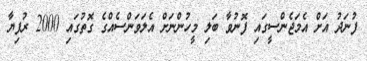
ފުނަދު އަށް އެމަޖެންސީގައި ފޮނުވާ ބަލި މީހުންނަށް އެލަވަންސެއްގެ ގޮތުގައި 2000 ރުފިޔާ